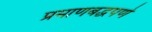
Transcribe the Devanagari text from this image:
प्रमाणबद्धपणे